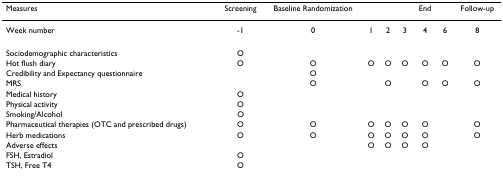
| Measures | Screening | Baseline Randomization |  |  |  | End |  | Follow-up |
 | --- | --- | --- | --- | --- | --- | --- | --- | --- |
 | Week number | -1 | 0 | 1 | 2 | 3 | 4 | 6 | 8 |
 | Sociodemographic characteristics | O |  |  |  |  |  |  |  |
 | Hot flush diary | O | O | O | O | O | O | O | O |
 | Credibility and Expectancy questionnaire |  | O |  |  |  |  |  |  |
 | MRS |  | O |  | O |  | O | O | O |
 | Medical history | O |  |  |  |  |  |  |  |
 | Physical activity | O |  |  |  |  |  |  |  |
 | Smoking/Alcohol | O |  |  |  |  |  |  |  |
 | Pharmaceutical therapies (OTC and prescribed drugs) | O | O | O | O | O | O |  | O |
 | Herb medications | O | O | O | O | O | O |  | O |
 | Adverse effects |  |  | O | O | O | O |  |  |
 | FSH, Estradiol | O |  |  |  |  |  |  |  |
 | TSH, Free T4 | O |  |  |  |  |  |  |  |